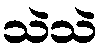
သဲသဲ